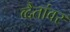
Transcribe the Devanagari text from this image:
व्दैतांवर